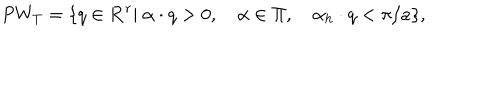
LaTeX: P W _ { T } = \{ q \in { \bf R } ^ { r } | \ \alpha \cdot q > 0 , \quad \alpha \in \Pi , \quad \alpha _ { h } \cdot q < \pi / a \} ,